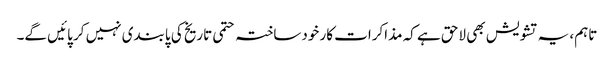
تاہم، یہ تشویش بھی لاحق ہے کہ مذاکرات کار خودساختہ حتمی تاریخ کی پابندی نہیں کر پائیں گے۔